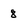
Character: 8